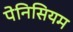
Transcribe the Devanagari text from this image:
पेनिसियम